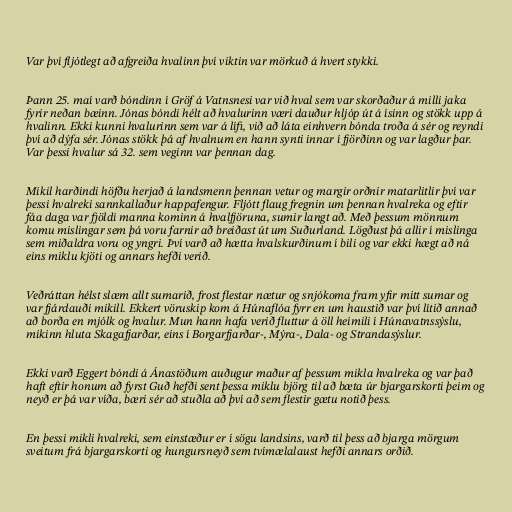
Var því fljótlegt að afgreiða hvalinn því viktin var mörkuð á hvert stykki.

Þann 25. maí varð bóndinn í Gröf á Vatnsnesi var við hval sem var skorðaður á milli jaka
fyrir neðan bæinn. Jónas bóndi hélt að hvalurinn væri dauður hljóp út á ísinn og stökk upp á
hvalinn. Ekki kunni hvalurinn sem var á lífi, við að láta einhvern bónda troða á sér og reyndi
því að dýfa sér. Jónas stökk þá af hvalnum en hann synti innar í fjörðinn og var lagður þar.
Var þessi hvalur sá 32. sem veginn var þennan dag.

Mikil harðindi höfðu herjað á landsmenn þennan vetur og margir orðnir matarlitlir því var
þessi hvalreki sannkallaður happafengur. Fljótt flaug fregnin um þennan hvalreka og eftir
fáa daga var fjöldi manna kominn á hvalfjöruna, sumir langt að. Með þessum mönnum
komu mislingar sem þá voru farnir að breiðast út um Suðurland. Lögðust þá allir í mislinga
sem miðaldra voru og yngri. Því varð að hætta hvalskurðinum í bili og var ekki hægt að ná
eins miklu kjöti og annars hefði verið.

Veðráttan hélst slæm allt sumarið, frost flestar nætur og snjókoma fram yfir mitt sumar og
var fjárdauði mikill. Ekkert vöruskip kom á Húnaflóa fyrr en um haustið var því lítið annað
að borða en mjólk og hvalur. Mun hann hafa verið fluttur á öll heimili í Húnavatnssýslu,
mikinn hluta Skagafjarðar, eins í Borgarfjarðar-, Mýra-, Dala- og Strandasýslur.

Ekki varð Eggert bóndi á Ánastöðum auðugur maður af þessum mikla hvalreka og var það
haft eftir honum að fyrst Guð hefði sent þessa miklu björg til að bæta úr bjargarskorti þeim og
neyð er þá var víða, bæri sér að stuðla að því að sem flestir gætu notið þess.

En þessi mikli hvalreki, sem einstæður er í sögu landsins, varð til þess að bjarga mörgum
sveitum frá bjargarskorti og hungursneyð sem tvímælalaust hefði annars orðið.